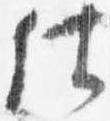
仕